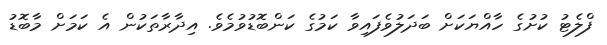
ފްލެޓު ކުށުގެ ހާއްޔަކަށް ބަދަލުވެފައިވާ ކަމުގެ ކަންބޮޑުވުމެވެ. އިދާރާތަކުން އެ ކަމަށް މާބޮޑު